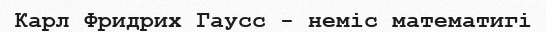
Карл Фридрих Гаусс - неміс математигі